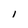
Character: l